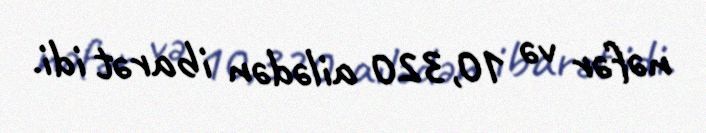
nəfər və 10,320 ailədən ibarət idi.